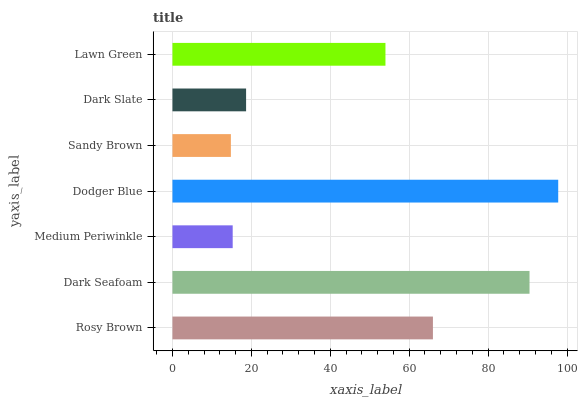
| yaxis_label | bars |
 | --- | --- |
 | Rosy Brown | 66 |
 | Dark Seafoam | 90.5 |
 | Medium Periwinkle | 15.3 |
 | Dodger Blue | 97.8 |
 | Sandy Brown | 14.8 |
 | Dark Slate | 18.7 |
 | Lawn Green | 54 |